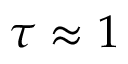
\tau \approx 1